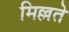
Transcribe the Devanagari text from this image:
मिल्लते